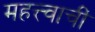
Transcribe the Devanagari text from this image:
महत्त्वाचीं